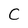
Character: C